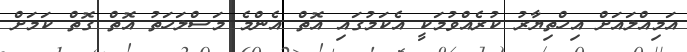
އަމިއްލައަށް އިހްތިޔާރު ކުރެއްވުމަކީ އެކަމުގައި އޮތް އެންމެ މަސްލަހަތު އޮތް ގޮތް ކަމަށް